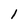
Character: l